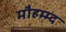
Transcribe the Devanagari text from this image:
मौहम्म्द